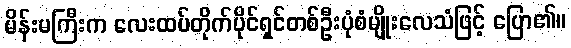
မိန်းမကြီးက လေးထပ်တိုက်ပိုင်ရှင်တစ်ဦးပုံစံမျိုးလေသံဖြင့် ပြော၏။